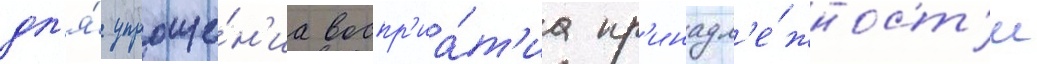
дл'я́ упроще́н'иа воспр'иа́т'иа пр'инадл'е́жност'и